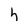
Character: h